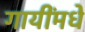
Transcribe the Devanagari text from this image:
गायींमधे